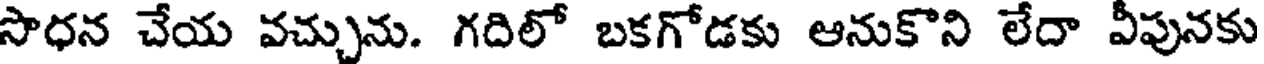
సొధన చేయ వచ్చును. గదిలో బకగోడకు ఆనుకొని లేదా వీపునకు